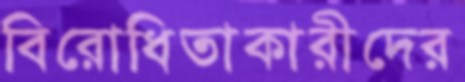
বিরোধিতাকারীদের